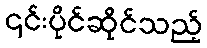
၎င်းပိုင်ဆိုင်သည့်